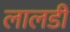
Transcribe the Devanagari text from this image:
लालडी